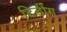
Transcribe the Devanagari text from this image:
टिडींग